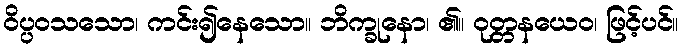
ဝိပ္ပဝသသော၊ ကင်း၍နေသော။ ဘိက္ခုနော၊ ၏။ ဝုတ္တနယေဝ၊ ဖြင့်ပင်။